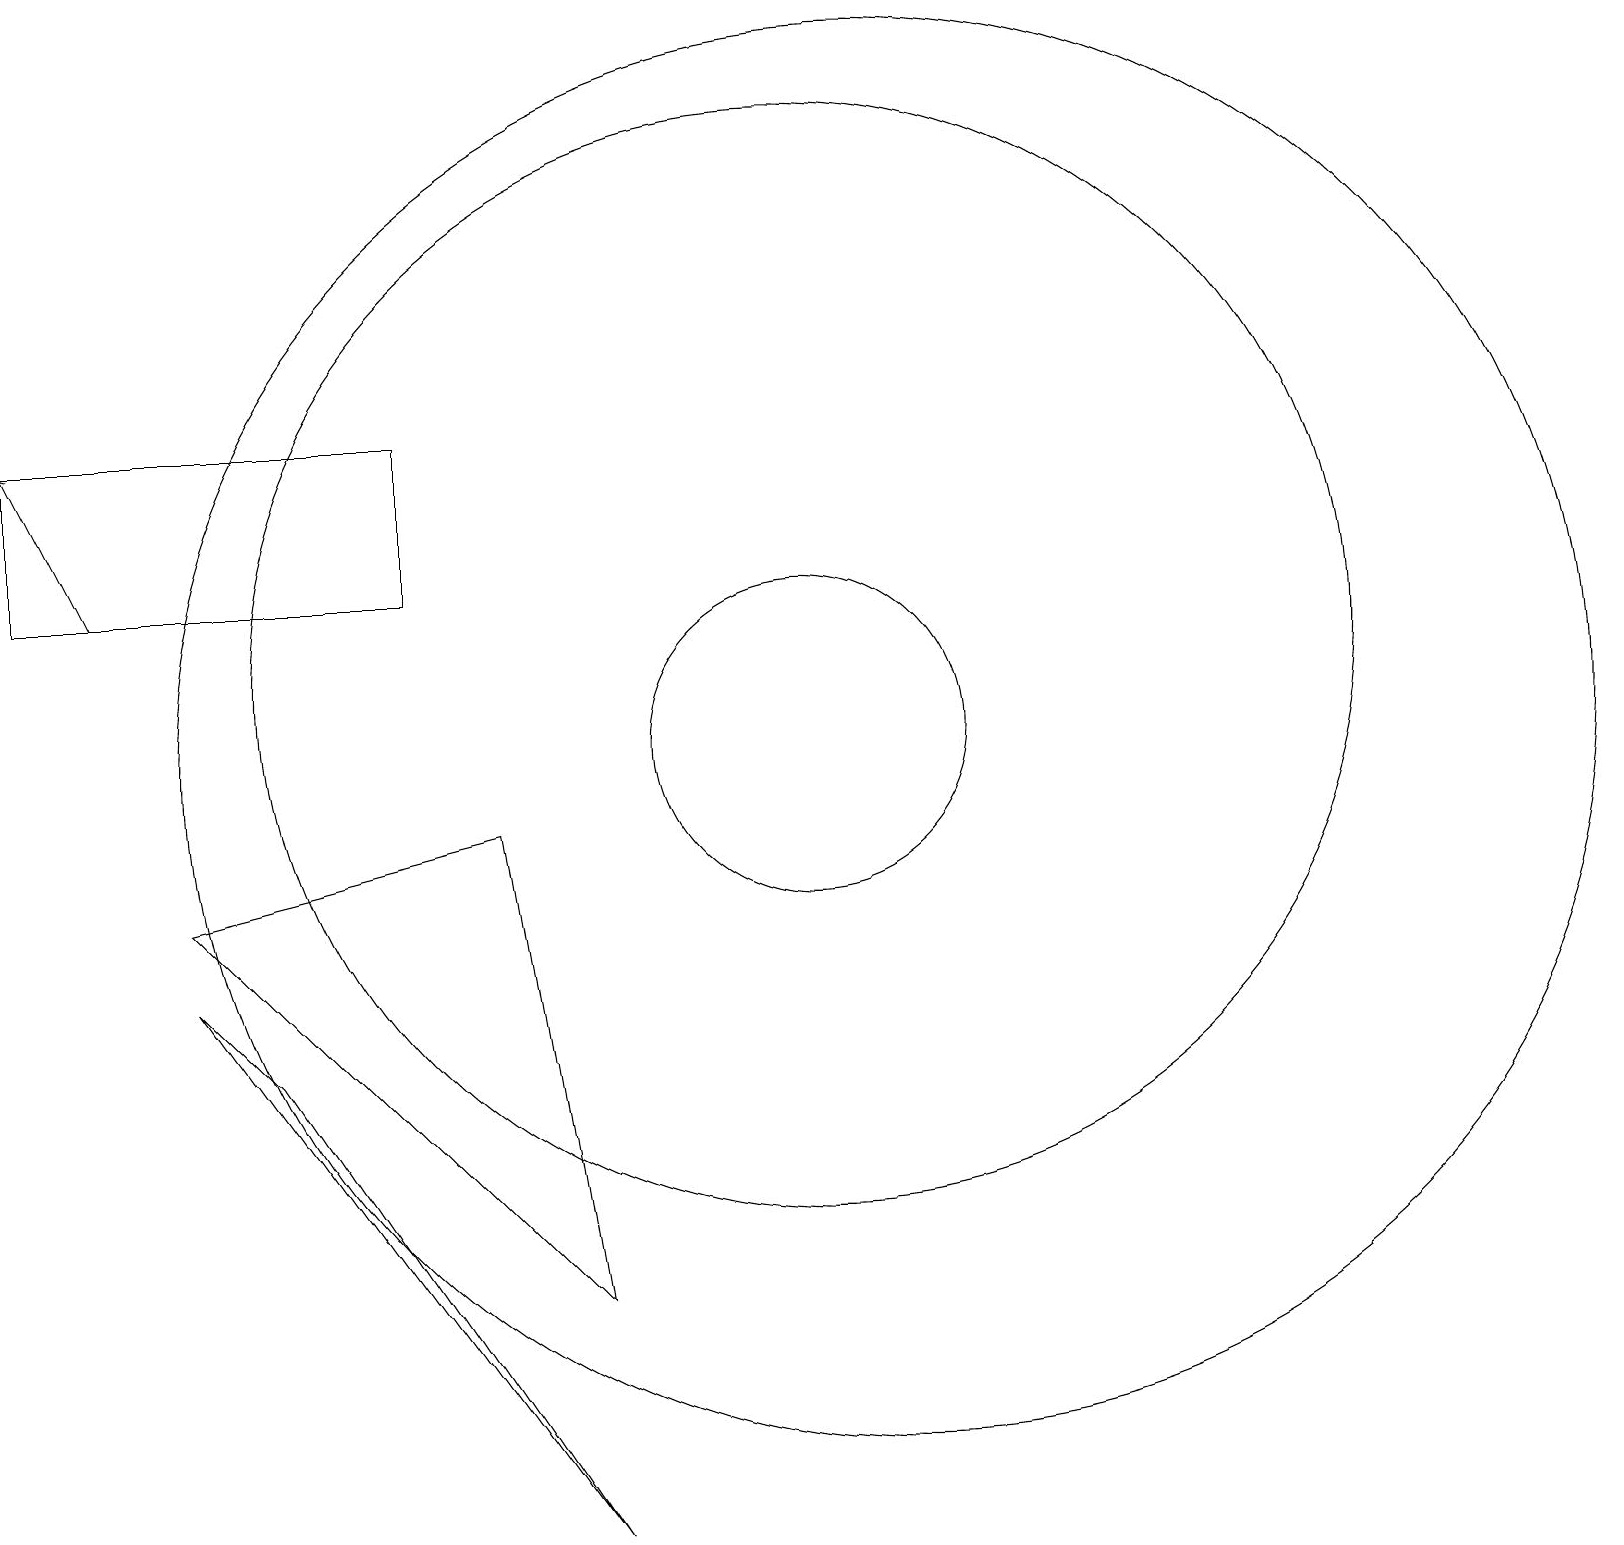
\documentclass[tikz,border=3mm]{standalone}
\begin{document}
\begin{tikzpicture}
\draw[->] (2,12) -- (1,14);
\draw (6,12) rectangle (1,14);
\draw (11,11) circle (7);
\draw (7,9) -- (8,3) -- (3,8) -- cycle;
\draw (11,10) circle (2);
\draw (8,0) -- (4,6) -- (3,7) -- cycle;
\draw (12,10) circle (9);
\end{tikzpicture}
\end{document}